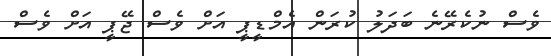
ވެސް ނުކެރޭނެ ބަދަލު ކުރަން އެމްޑީޕީ އަށް ވެސް ޖޭޕީ އަށް ވެސް